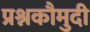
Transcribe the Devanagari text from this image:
प्रश्नकौमुदी